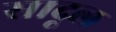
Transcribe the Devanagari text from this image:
सादूल